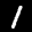
Label: 1